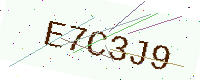
Text: E7C3J9